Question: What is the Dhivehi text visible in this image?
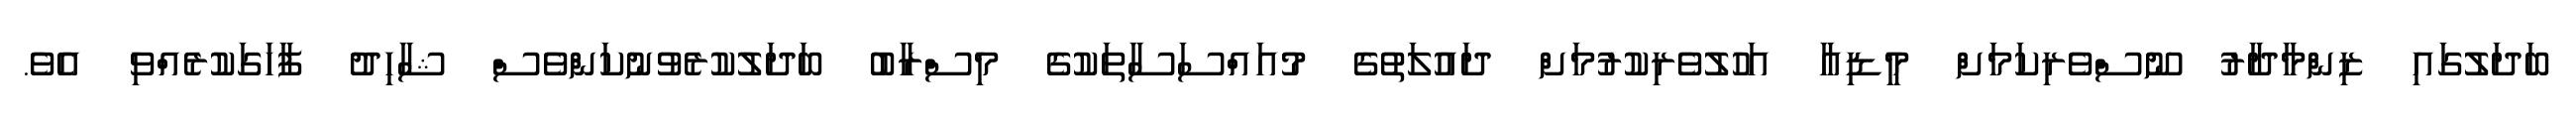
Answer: ބަދަލުގައި ޒިންމާދާރު ނޫސްވެރިކަމަށް މީޑިއާ އަހުލުވެރިކުރުމަށް ދައުލަތުގެ މުއައްސަސާތަކުގެ މިސްރާބު ބަދަލުކުރެވުނުކަންވެސް ޝާހިދު ފާހަގަކުރެއްވި އެވެ.